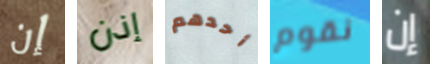
إن إذن أحدهم نقوم إن